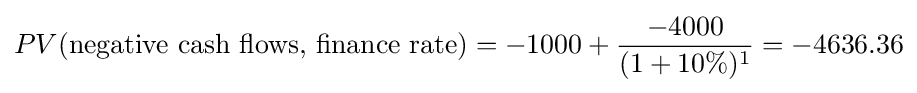
PV({\text{negative cash flows, finance rate}})=-1000+{\frac {-4000}{(1+10\%)^{1}}}=-4636.36